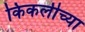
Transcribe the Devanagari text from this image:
किकलीच्या